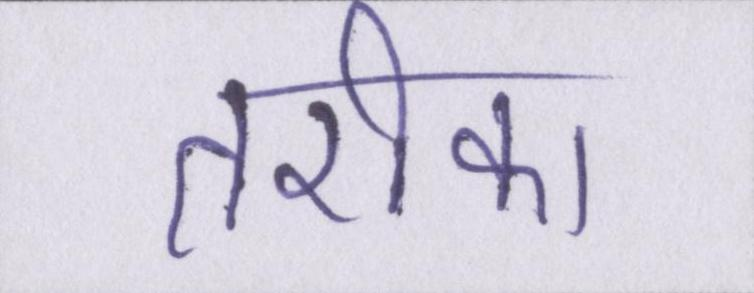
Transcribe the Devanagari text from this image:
तरीका